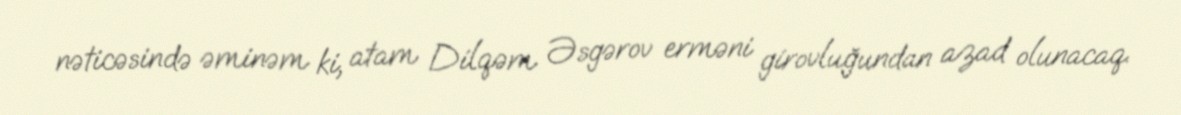
nəticəsində əminəm ki, atam Dilqəm Əsgərov erməni girovluğundan azad olunacaq.